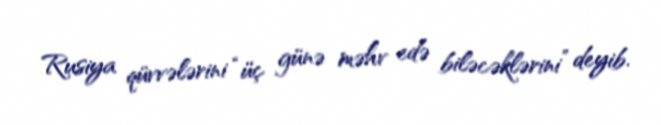
Rusiya qüvvələrini “üç günə məhv edə biləcəklərini” deyib.